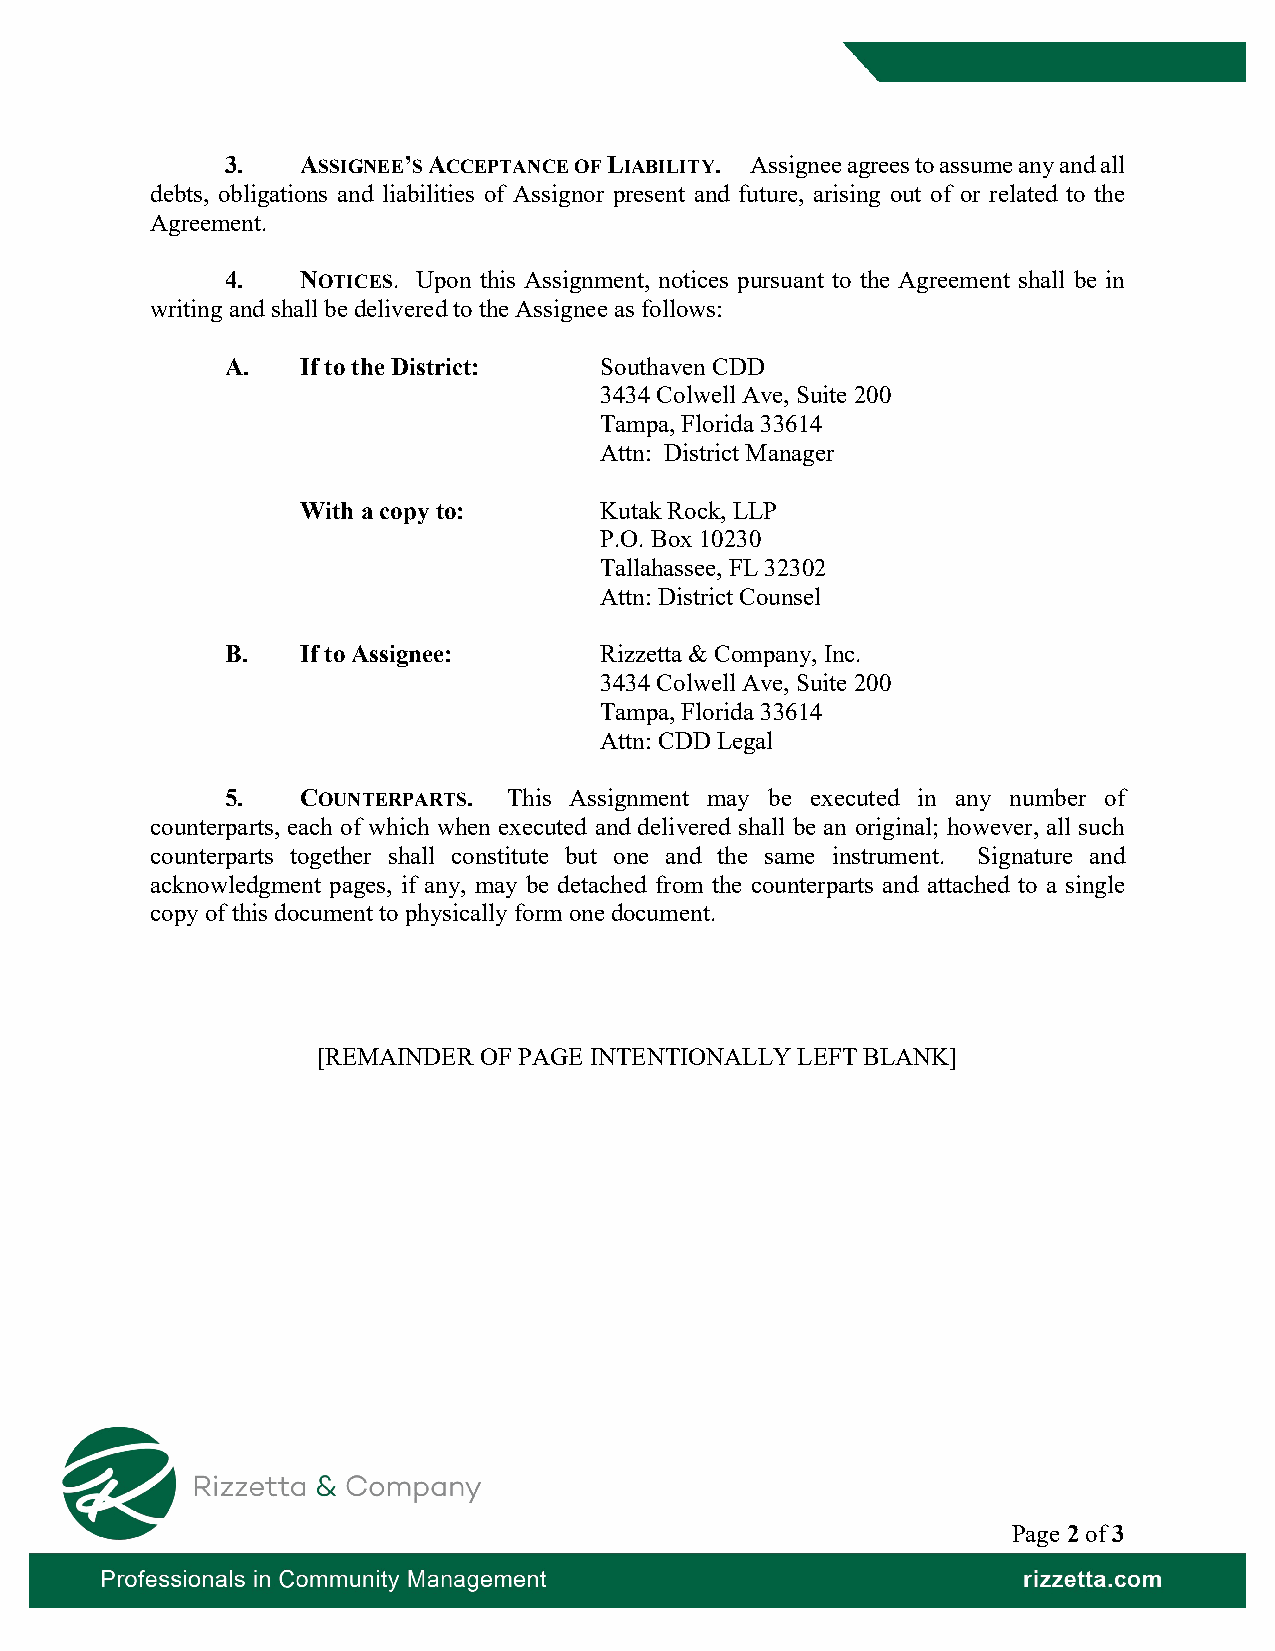
3.   ASSIGNEE’S ACCEPTANCE OF LIABILITY. Assignee agrees to assume any and all
 debts, obligations and liabilities of Assignor present and future, arising out of or related to the
 Agreement.
 4.   NOTICES. Upon this Assignment, notices pursuant to the Agreement shall be in
 writing and shall be delivered to the Assignee as follows:
 A.   If to the District: Southaven CDD
 3434 Colwell Ave, Suite 200
 Tampa, Florida 33614
 Attn: District Manager
 With a copy to:     Kutak Rock, LLP
 P.O. Box 10230
 Tallahassee, FL 32302
 Attn: District Counsel
 B.   If to Assignee:     Rizzetta & Company, Inc.
 3434 Colwell Ave, Suite 200
 Tampa, Florida 33614
 Attn: CDD Legal
 5.   COUNTERPARTS. This Assignment may be executed in any number of
 counterparts, each of which when executed and delivered shall be an original; however, all such
 counterparts together shall constitute but one and the same instrument. Signature and
 acknowledgment pages, if any, may be detached from the counterparts and attached to a single
 copy of this document to physically form one document.
 [REMAINDER OF PAGE INTENTIONALLY LEFT BLANK]
 Page 2 of 3
 Professionals in Community Management                        rizzetta.com